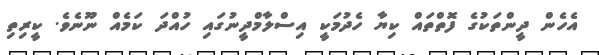
އެހެން ދީންތަކުގެ ފޮތްތައް ކިޔާ ހެދުމަކީ އިސްލާމްދީނުގައި ހުއްދަ ކަމެއް ނޫނެވެ. ކީރިތި